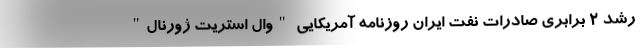
رشد 2 برابری صادرات نفت ایران روزنامه آمریکایی "وال استریت ژورنال"